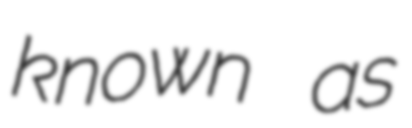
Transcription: known as